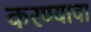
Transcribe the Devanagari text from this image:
करण्यावा